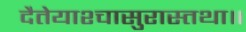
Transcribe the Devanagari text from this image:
दैतेयाश्चासुरास्तथा॥